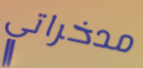
مدخراتي